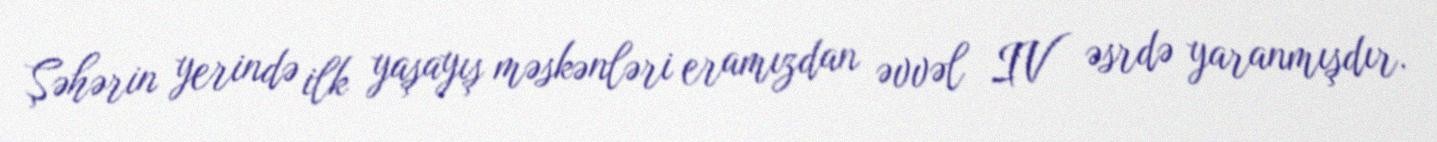
Şəhərin yerində ilk yaşayış məskənləri eramızdan əvvəl IV əsrdə yaranmışdır.